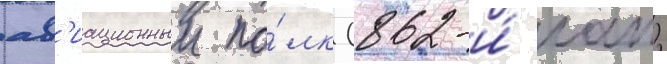
ав'иационныи по́лк (862-и́ иап)